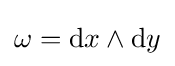
\omega =\mathrm {d} x\wedge \mathrm {d} y